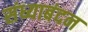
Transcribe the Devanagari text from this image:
संध्याबंदन